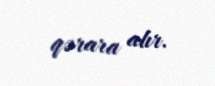
qərara alır.